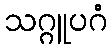
သဂ္ဂူပဂံ